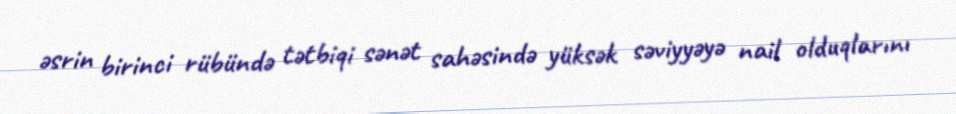
əsrin birinci rübündə tətbiqi sənət sahəsində yüksək səviyyəyə nail olduqlarını